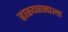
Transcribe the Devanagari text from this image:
हास्यरसाला